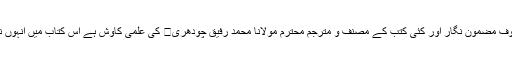
زیر نظر کتاب ’’حدیث قرآن کی تشریح کرتی ہے ‘‘ماہنامہ محدث کے معروف مضمون نگار اور کئی کتب کے مصنف و مترجم محترم مولانا محمد رفیق چودھری﷾ کی علمی کاوش ہے اس کتاب میں انہوں نے سب سے پہلے قرآن اور رسول کریمﷺ کے باہمی تعلق کواجاگر کیا ہے۔